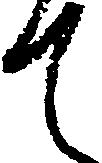
て